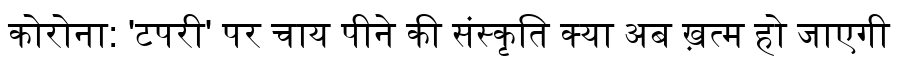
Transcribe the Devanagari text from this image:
कोरोना: 'टपरी' पर चाय पीने की संस्कृति क्या अब ख़त्म हो जाएगी